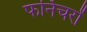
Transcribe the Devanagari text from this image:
फर्निचरों